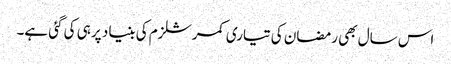
اس سال بھی رمضان کی تیاری کمرشلزم کی بنیاد پر ہی کی گئی ہے۔